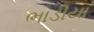
ભાડીયા